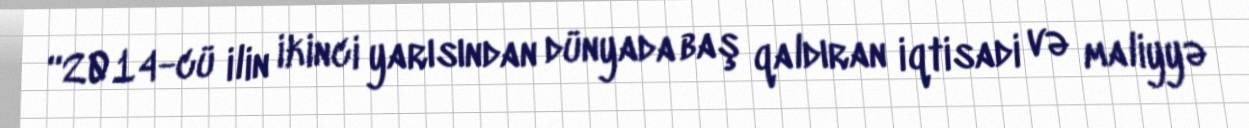
“2014-cü ilin ikinci yarısından dünyada baş qaldıran iqtisadi və maliyyə